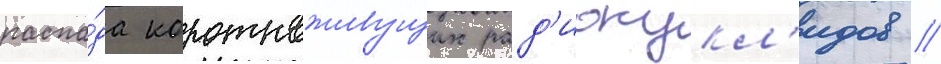
распа́да короткоживущих рад'ионукл'идов /